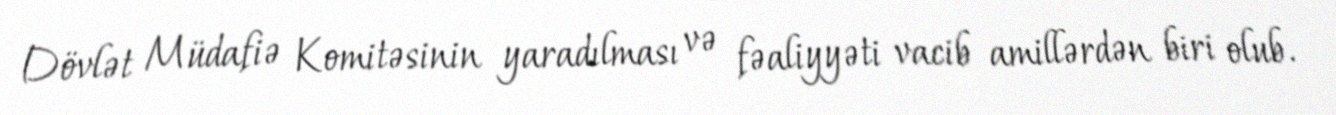
Dövlət Müdafiə Komitəsinin yaradılması və fəaliyyəti vacib amillərdən biri olub.